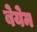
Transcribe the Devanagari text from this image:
बेयेम